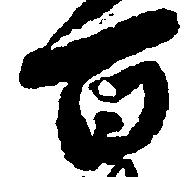
百